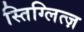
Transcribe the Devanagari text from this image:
स्तिग्लित्ज़